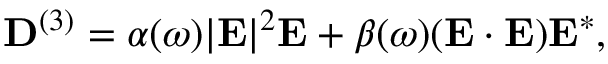
{ \bf D } ^ { ( 3 ) } = \alpha ( \omega ) | { \bf E } | ^ { 2 } { \bf E } + \beta ( \omega ) ( { \bf E } \cdot { \bf E } ) { \bf E } ^ { * } ,